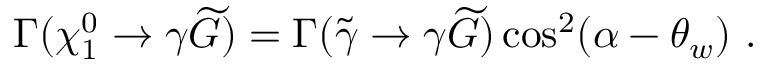
\Gamma ( \chi _ { 1 } ^ { 0 } \rightarrow \gamma \widetilde { G } ) = \Gamma ( \widetilde { \gamma } \rightarrow \gamma \widetilde { G } ) \cos ^ { 2 } ( \alpha - \theta _ { w } ) ~ .